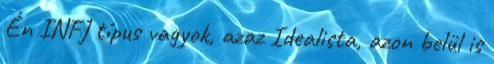
Én INFJ típus vagyok, azaz Idealista, azon belül is